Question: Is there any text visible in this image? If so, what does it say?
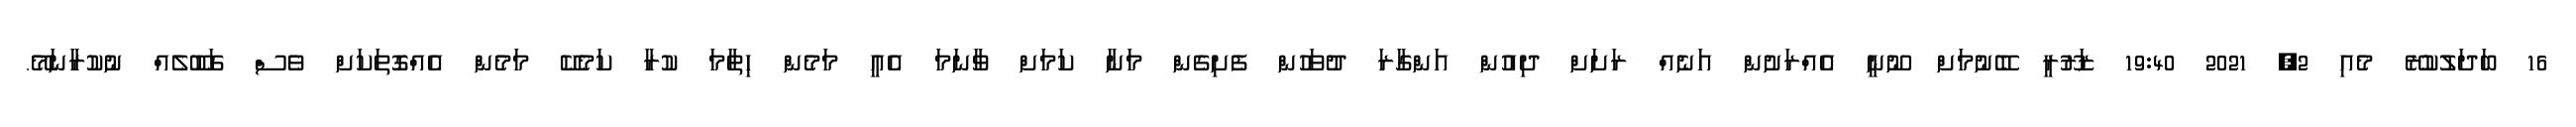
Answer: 16 ބަދަލުކުރޭ މެއި 2, 2021 19:40 ޒަރޫރީ ބޭނުމަށް ނޫނީ އެއްރަށުން އަނެއް ރަށަށް ދިއުން އަންގާރަ ދުވަހުން ފެށިގެން މަނާ ކަމަށް ވާނަމަ އެއީ މަމެން ހިތާމަ ކުރާ ކަމެކޭ މަމެން އެއްގޮތަކަށް ވެސް ގަބޫލެއް ނުކުރާނަމޭ.